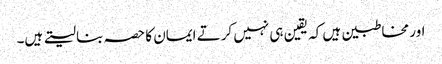
اور مخاطبین ہیں کہ یقین ہی نہیں کرتے ایمان کا حصہ بنا لیتے ہیں۔